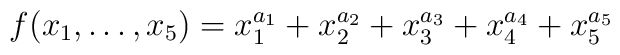
f(x_1,\dots,x_5)=x_1^{a_1}+x_2^{a_2}+x_3^{a_3}+x_4^{a_4}+x_5^{a_5}